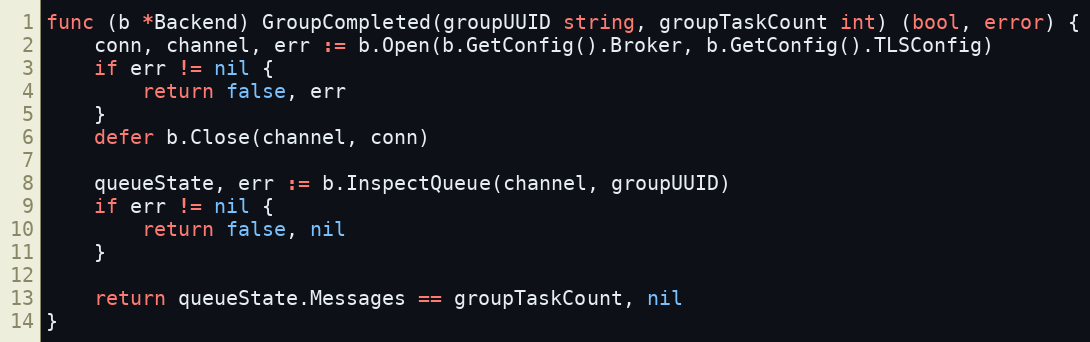
Language: Go
func (b *Backend) GroupCompleted(groupUUID string, groupTaskCount int) (bool, error) {
	conn, channel, err := b.Open(b.GetConfig().Broker, b.GetConfig().TLSConfig)
	if err != nil {
		return false, err
	}
	defer b.Close(channel, conn)

	queueState, err := b.InspectQueue(channel, groupUUID)
	if err != nil {
		return false, nil
	}

	return queueState.Messages == groupTaskCount, nil
}